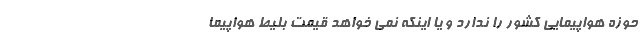
حوزه هواپیمایی کشور را ندارد و یا اینکه نمی خواهد قیمت بلیط هواپیما